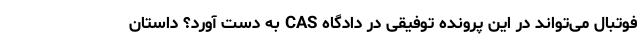
فوتبال می‌تواند در این پرونده توفیقی در دادگاه CAS به دست آورد؟ داستان